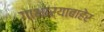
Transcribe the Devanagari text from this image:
गाभाऱ्याबाहेर